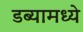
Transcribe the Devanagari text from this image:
डब्यामध्ये